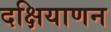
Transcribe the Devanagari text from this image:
दक्षियाणन